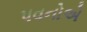
પવનોએ